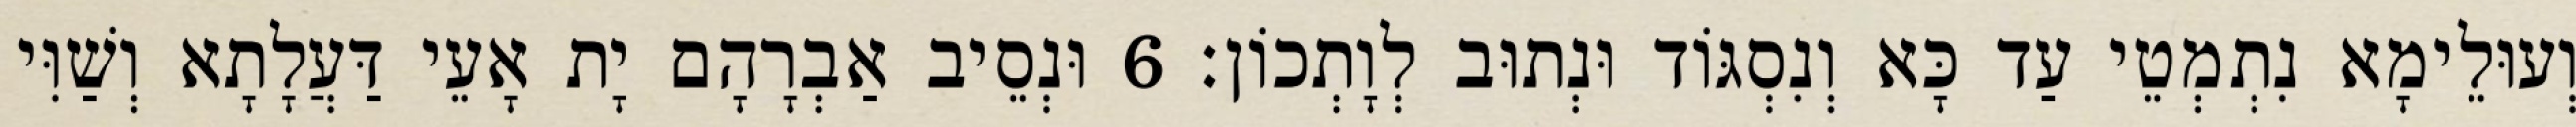
וְעוּלֵימָא נִתְמְטֵי עַד כָּא וְנִסְגּוֹד וּנְתוּב לְוָתְכוֹן׃ 6 וּנְסֵיב אַבְרָהָם יָת אָעֵי דַּעֲלָתָא וְשַׁוִּי